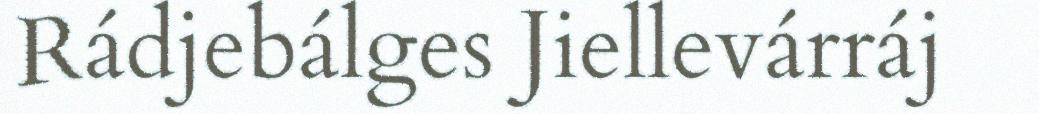
Rádjebálges Jiellevárráj